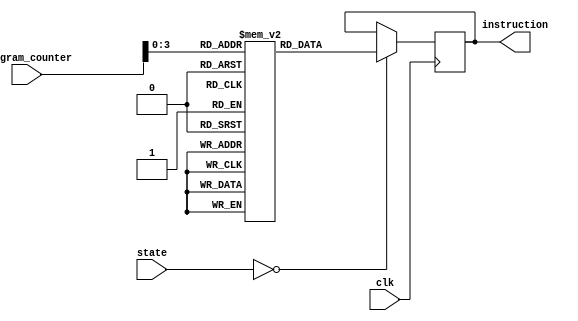
`timescale 1ns / 1ps
//////////////////////////////////////////////////////////////////////////////////
// Company: 
// Engineer: 
// 
// Design Name: 
// Module Name:    PC_starter 
// Project Name: 
// Target Devices: 
// Tool versions: 
// Description: 
//
// Dependencies: 
//
// Revision: 
// Revision 0.01 - File Created
// Additional Comments: 
//
//////////////////////////////////////////////////////////////////////////////////
`define STATE_READ_FROM_INSTRUCTION 0
module PC_starter(clk, state, program_counter, instruction);
   input clk;
	input [2:0] state;
	input [7:0] program_counter;
	
	output [31:0] instruction;
	
	reg [31:0] instruction;
	reg [31:0] instruction_mem [0:10];
	
	initial begin
		instruction = 0;
		instruction_mem[0] = 32'b100011_00000_00001_0000000000000000;
		instruction_mem[1] = 32'b100011_00000_00010_0000000000000001;
		instruction_mem[2] = 32'b100011_00000_00011_0000000000000010;
		instruction_mem[3] = 32'b001001_00000_00100_0000000000000000;
		instruction_mem[4] = 32'b001001_00001_00101_0000000000000000;
		instruction_mem[5] = 32'b000000_00101_00010_00110_00000_101010;
		instruction_mem[6] = 32'b000100_00110_00000_0000000000000101;
		instruction_mem[7] = 32'b000000_00100_00101_00100_00000_100001;
		instruction_mem[8] = 32'b000000_00101_00011_00101_00000_100001;
		instruction_mem[9] = 32'b000000_00101_00010_00110_00000_101010;
		instruction_mem[10] = 32'b000101_00110_00000_1111111111111101;
	end
	
	always @ (posedge clk) begin
	   	if (state == `STATE_READ_FROM_INSTRUCTION) begin
		   	instruction <= instruction_mem[program_counter];
		end
	end

endmodule